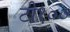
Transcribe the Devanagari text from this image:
टी१००